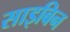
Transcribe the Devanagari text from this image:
साइबिन